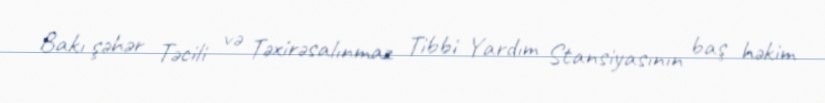
Bakı şəhər Təcili və Təxirəsalınmaz Tibbi Yardım Stansiyasının baş həkim